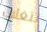
تتغلب